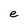
Character: e